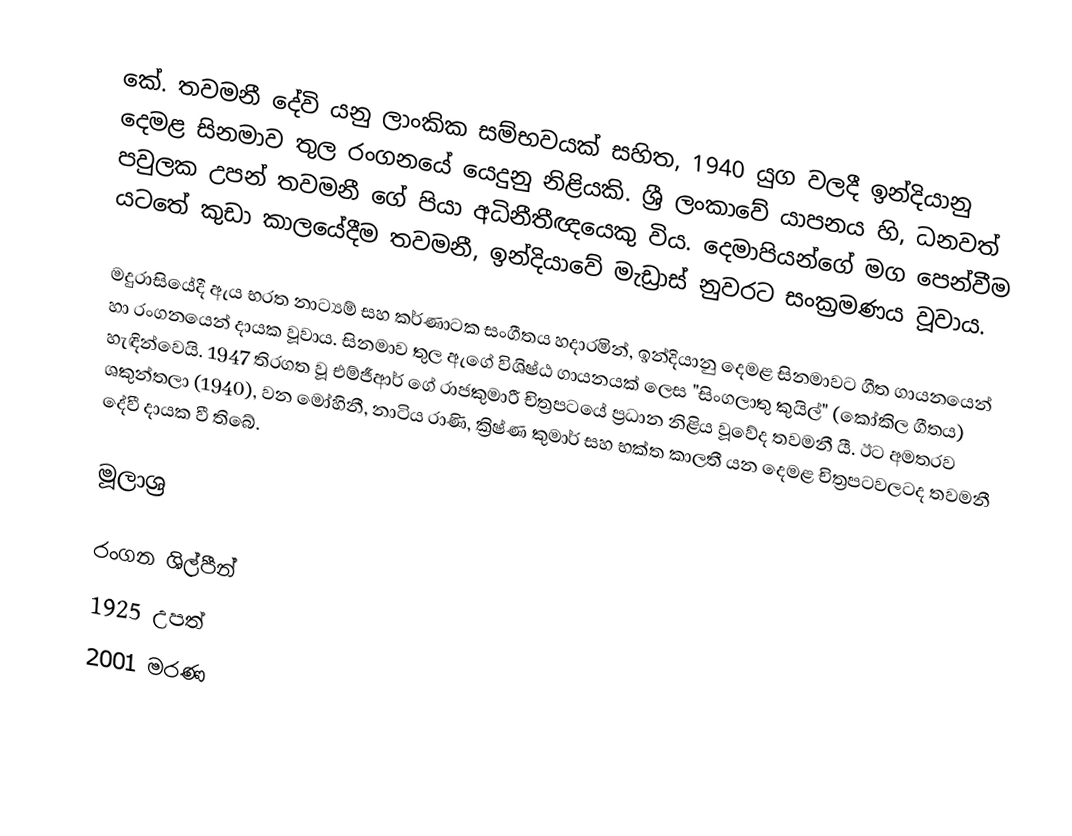
කේ. තවමනී දේවි යනු ලාංකික සම්භවයක් සහිත, 1940 යුග වලදී ඉන්දියානු දෙමළ සිනමාව තුල රංගනයේ යෙදුනු නිළියකි. ශ්‍රී ලංකාවේ යාපනය හි, ධනවත් පවුලක උපන් තවමනී ගේ පියා අධිනීතීඥයෙකු විය. දෙමාපියන්ගේ මග පෙන්වීම යටතේ කුඩා කාලයේදීම තවමනී, ඉන්දියාවේ මැඩ්‍රාස් නුවරට සංක්‍රමණය වූවාය.

මදුරාසියේදී ඇය භරත නාට්‍යම් සහ කර්ණාටක සංගීතය හදාරමින්, ඉන්දියානු දෙමළ සිනමාවට ගීත ගායනයෙන් හා රංගනයෙන් දායක වූවාය. සිනමාව තුල ඇගේ විශිෂ්ඨ ගායනයක් ලෙස "සිංගලාතු කුයිල්" (කෝකිල ගීතය) හැඳින්වෙයි. 1947 තිරගත වූ එම්ජීආර් ගේ රාජකුමාරී චිත්‍රපටයේ ප්‍රධාන නිළිය වූවේද තවමනී යී. ඊට අමතරව ශකුන්තලා (1940), වන මෝහිනී, නාටිය රාණි, ක්‍රිෂ්ණ කුමාර් සහ භක්ත කාලතී යන දෙමළ චිත්‍රපටවලටද තවමනී දේවී දායක වී තිබේ.

මූලාශ්‍ර

රංගන ශිල්පීන්
1925 උපත්
2001 මරණ